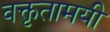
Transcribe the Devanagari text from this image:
वक्तृतामयी